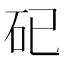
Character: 𥐦